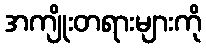
အကျိုးတရားများကို